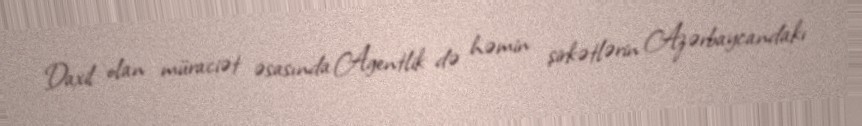
Daxil olan müraciət əsasında Agentlik də həmin şirkətlərin Azərbaycandakı